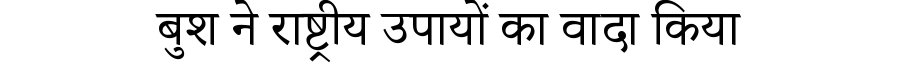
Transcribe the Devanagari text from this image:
बुश ने राष्ट्रीय उपायों का वादा किया